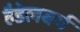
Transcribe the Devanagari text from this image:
हैडेलबर्ग